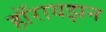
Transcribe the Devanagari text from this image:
हॉरायझन